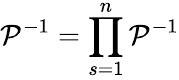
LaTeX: {{\cal P}}^{-1}=\prod_{s=1}^{n}{{\cal P}}^{-1}